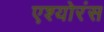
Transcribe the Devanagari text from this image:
एश्योरंस